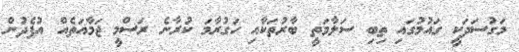
މަގުސަދަކީ ގައުމުގައި ތިބި ސަލާމަތީ ބާރުތަކާއި ހަގުރާމަ ކުރާނެ ރަސްމީ ޖަމާއަތެއް އުފެދުން